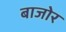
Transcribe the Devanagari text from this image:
बाजोर